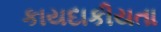
કાયદાકીયતા